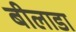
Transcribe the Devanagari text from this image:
बीलाडा